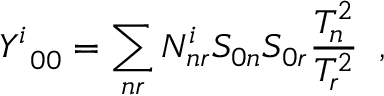
Y _ { \; \; 0 0 } ^ { i } = \sum _ { n r } N _ { n r } ^ { i } S _ { 0 n } S _ { 0 r } \frac { T _ { n } ^ { 2 } } { T _ { r } ^ { 2 } } \; \; ,